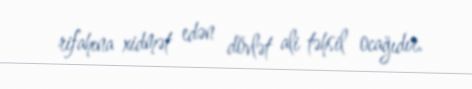
rifahına xidmət edən dövlət ali təhsil ocağıdır.